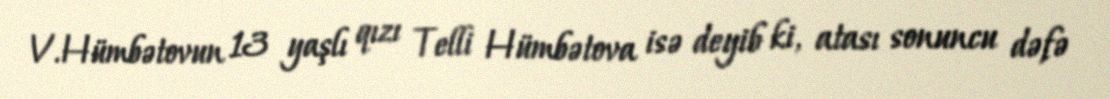
V.Hümbətovun 13 yaşlı qızı Telli Hümbətova isə deyib ki, atası sonuncu dəfə